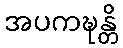
အပကဍ္ဎန္တိ